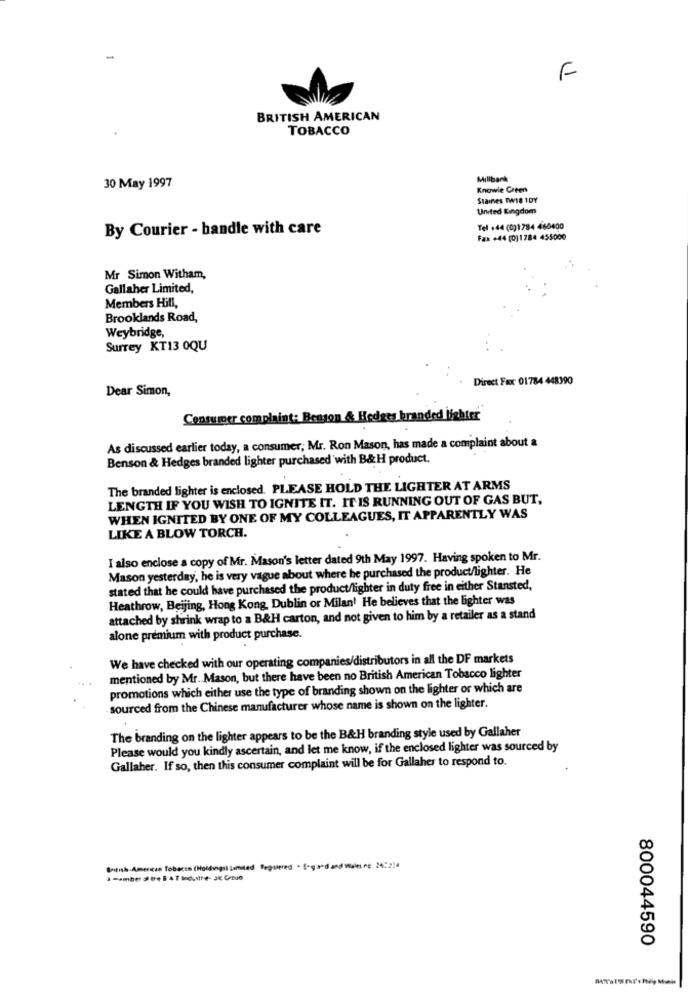
F
BRITISH AMERICAN
TOBACCO
Millbank
30 May 1997
Knowle Creen
Staines TW18 IDY
United Kingdom
By Courier - handle with care
Tel +44 (0)1784 460400
Fax +44 (0)1784 455000
Mr Simon Witham,
Gallaher Limited,
Members Hill,
Brooklands Road,
Weybridge,
Surrey KT13 0QU
Direct Fax: 01784 448390
Dear Simon,
Consumer complaint: Benson & Hedges branded lighter
As discussed earlier today, a consumer, Mr. Ron Mason, has made a complaint about a
Benson & Hedges branded lighter purchased with B&H product.
The branded lighter is enclosed. PLEASE HOLD THE LIGHTER AT ARMS
LENGTH IF YOU WISH TO IGNITE IT. IT IS RUNNING OUT OF GAS BUT,
WHEN IGNITED BY ONE OF MY COLLEAGUES, IT APPARENTLY WAS
LIKE A BLOW TORCH.
I also enclose a copy of Mr. Mason's letter dated 9th May 1997. Having spoken to Mr.
Mason yesterday, he is very vague about where he purchased the product/lighter. He
stated that he could have purchased the product/lighter in duty free in either Stansted,
Heathrow, Beijing, Hong Kong, Dublin or Milan' He believes that the lighter was
attached by shrink wrap to a B&H carton, and not given to him by a retailer as a stand
alone premium with product purchase.
We have checked with our operating companies/distributors in all the DF markets
mentioned by Mr. Mason, but there have been no British American Tobacco lighter
promotions which either use the type of branding shown on the lighter or which are
-sourced from the Chinese manufacturer whose name is shown on the lighter.
The branding on the lighter appears to be the B&H branding style used by Gallaher
Please would you kindly ascertain, and let me know, if the enclosed lighter was sourced by
Gallaher. If so, then this consumer complaint will be for Gallaher to respond to.
British American Tobacco (Holdingsl lamited Segsiered . Sogard and Wales re 24:214
800044590